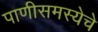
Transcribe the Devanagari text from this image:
पाणीसमस्येचे